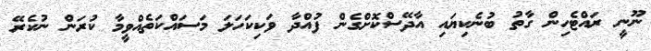
ނޫނީ ރައްޓެހިން ގާތު ބުނެކިޔައި އާދޭސްކޮށްގެން ފުއްދާ ވަކިކަހަލަ މަސައްކަތެއްވީމާ ކުރަން ނުކެރޭ